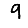
Digit: 9